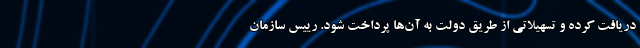
دریافت کرده و تسهیلاتی از طریق دولت به آن‌ها پرداخت شود. رییس سازمان